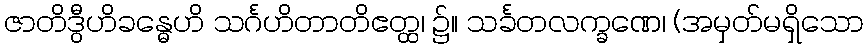
ဇာတိဒွီဟိခန္ဓေဟိ သင်္ဂဟိတာတိဧတ္ထ၊ ၌။ သင်္ခတလက္ခဏေ၊ (အမှတ်မရှိသော